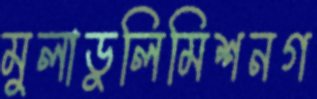
মুলাডুলিমিশনগ